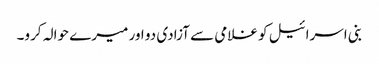
بنی اسرائیل کو غلامی سے آزادی دو اور میرے حوالہ کرو۔